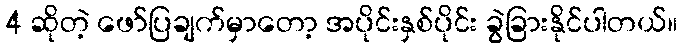
4 ဆိုတဲ့ ဖော်ပြချက်မှာတော့ အပိုင်းနှစ်ပိုင်း ခွဲခြားနိုင်ပါတယ်။